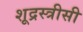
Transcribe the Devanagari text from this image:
शूद्रस्त्रीसी